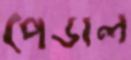
পেডাল